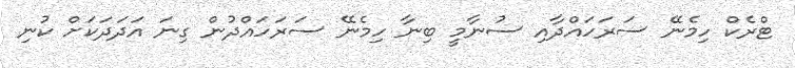
ޓްރެކް ހިމެނޭ ސަރަހައްދާއި ސުނާމީ ބިނާ ހިމެނޭ ސަރަހައްދުން ގިނަ އަދަދަކަށް ކުނި